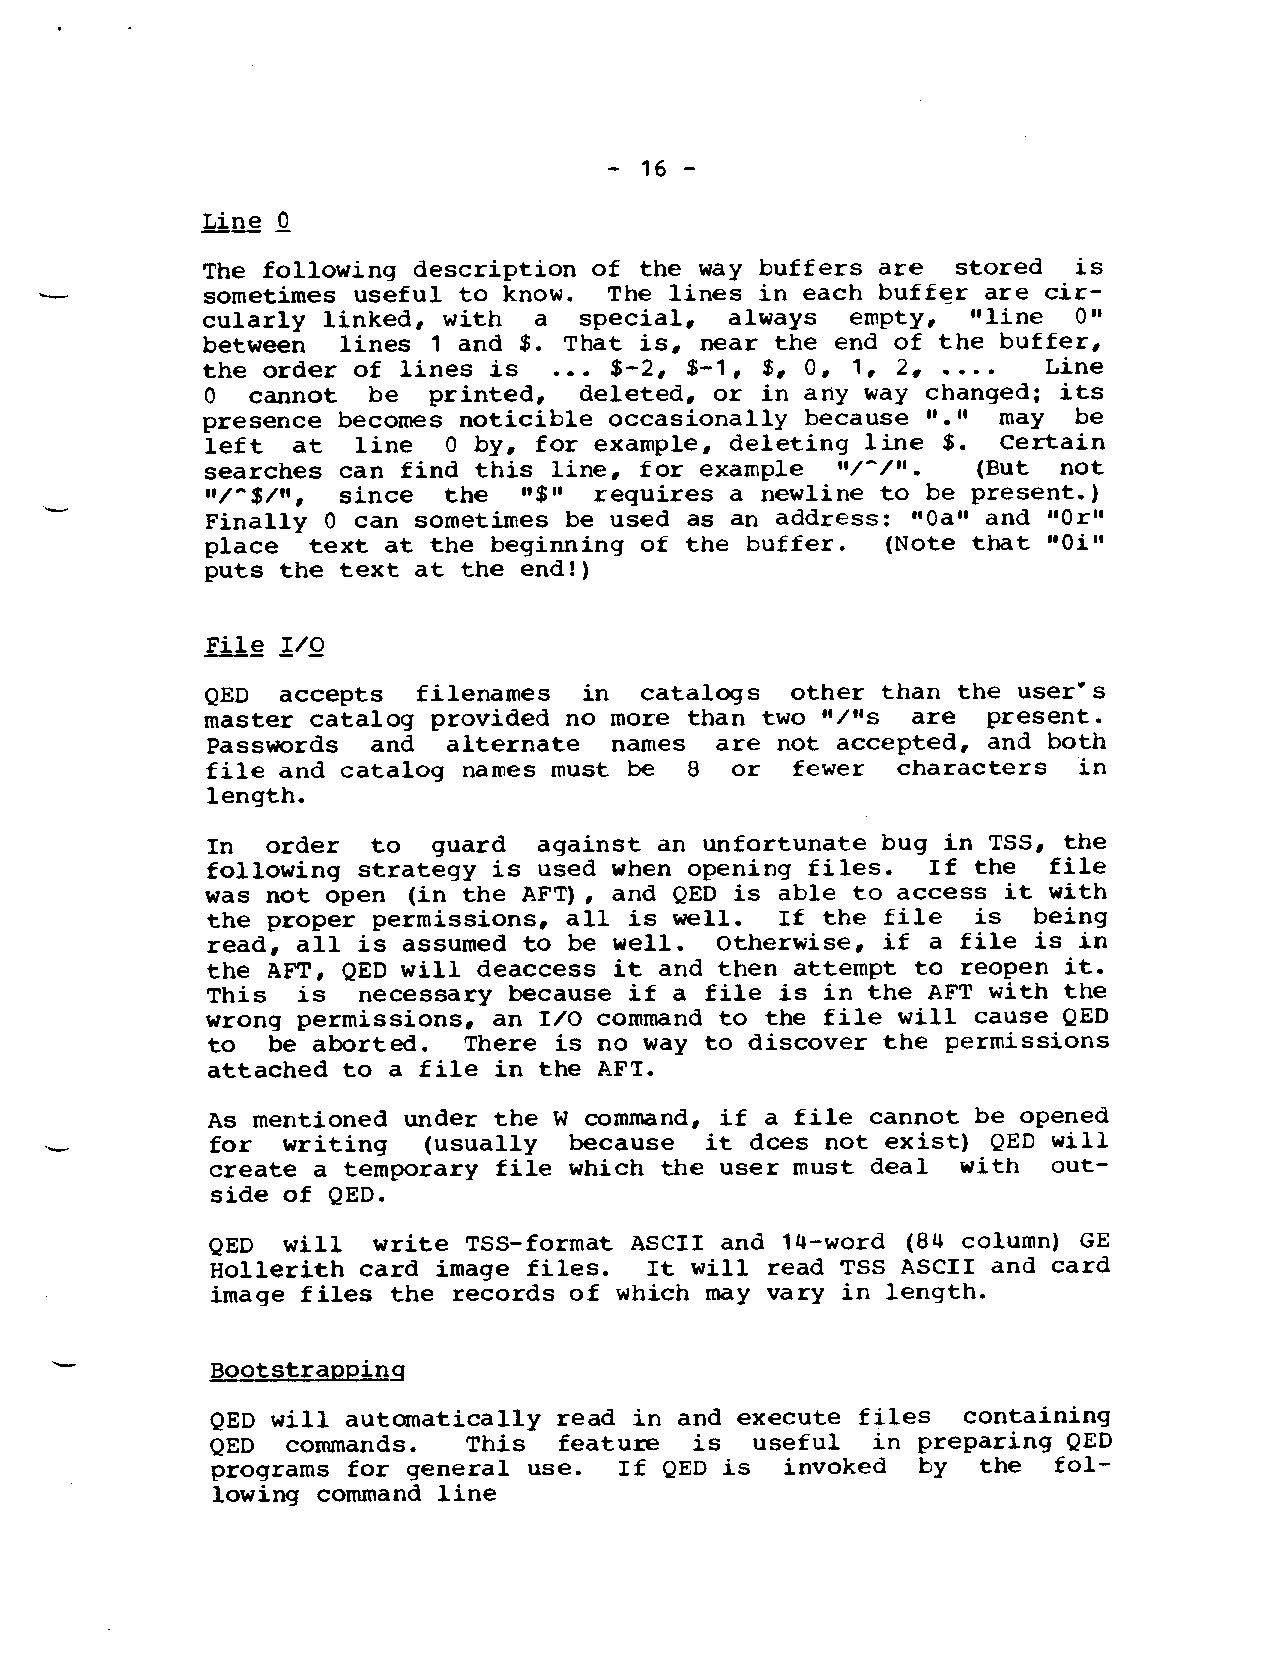
-16-
 —L—ine —O
 The following description of the way buffers are  stored  is
 sometimes useful to know. The lines in each buffer are cir-
 llline
 cularly linked, with  a  special,  always  empty,         01!
 between   lines 1 and $. That is, near the end of the buffer,
 the order of lines is   ... $-2, $-1, $, 0, 1, 2. ....  Line
 O  cannot be  printed,  deleted, or in any way changed; its
 presence becomes noticible occasionally because ‘l.10may  be
 left at   line  O by, for example, deleting line $. Certain
 searches can find this line, for example tl/-/I.l  (But not
 !1/-$/11,since the   I$tII requires a newline to be present.)
 .
 Finally O can sometimes be used as an address: ‘OOasCand “Oroo
 place text at the beginning of the buffer.   (Note that “Oi”
 puts the text at the end!)
 —F-i-le 1/.0
 QED  accepts  filenames  in catalogs  other than the user”s
 master catalog provided no more than two “/”s are  present.
 passwords  and  alternate names  are not accepted, and both
 file and catalog names must be  8 or  fewer  characters  in
 length.
 In  order  to  guard  against an unfortunate bug in TSS, the
 following strategy is used when opening files. If the  file
 was not open (in the AFT), and QED is able to access it with
 the proper permissions, all is well.  If the file is  being
 read, all is assumed to be well. Otherwise, if  a file is in
 the AFT, QED will deaccess it and then attempt to reoPen it.
 This  is  necessary because if a file is in the AFT with the
 wrong permissions, an 1/0 command to the file will cause QED
 to  be aborted.  There is no way to discover the permissions
 attached to a file in the AFT.
 As mentioned under the W command, if a file cannot be opened
 -          for  writing  (usually  because  it dces not exist) QED will
 create a temporary file which the user must deal with   out-
 side of QED.
 QED  will  write TSS-format ASCII and 14-word (84 column) GE
 Hollerith card image files.  It will read TSS ASCII and card
 image files the records of which may vary in length.
 Bootstrapping
 QED will automatically read in and execute files  containing
 QED  commands.   This  feature  is  useful  in preparing QED
 programs for general use.  If QED is  invoked  by  the  fol-
 lowing command line